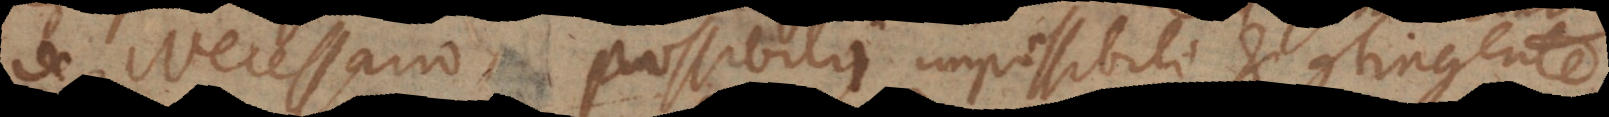
de Necessario, possibili, impossibili et contingente.